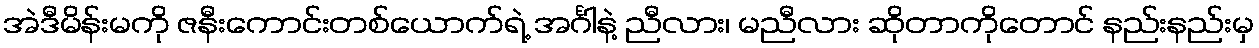
အဲဒီမိန်းမကို ဇနီးကောင်းတစ်ယောက်ရဲ့ အင်္ဂါနဲ့ ညီလား၊ မညီလား ဆိုတာကိုတောင် နည်းနည်းမှ